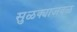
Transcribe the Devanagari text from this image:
सुळक्याजवळ